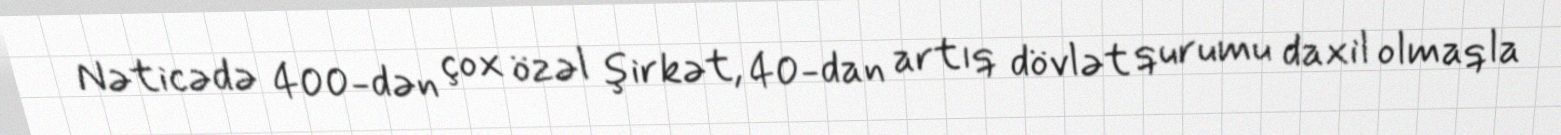
Nəticədə 400-dən çox özəl şirkət, 40-dan artıq dövlət qurumu daxil olmaqla